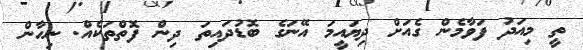
ތީ މިއަދު ފަވާމެން ގެއަށް ދިޔައީމަ އޭނަގެ ބޮޑުދައިތަ ދިން ފޮތްތަކެއް. ނިހާން